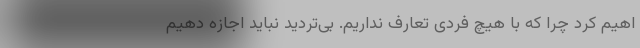
اهیم کرد چرا که با هیچ فردی تعارف نداریم. بی‌تردید نباید اجازه دهیم